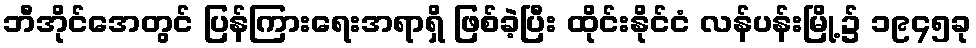
ဘီအိုင်အေတွင် ပြန်ကြားရေးအရာရှိ ဖြစ်ခဲ့ပြီး ထိုင်းနိုင်ငံ လန်ပန်းမြို့၌ ၁၉၄၅ခု